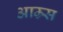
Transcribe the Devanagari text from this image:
आम्र्स